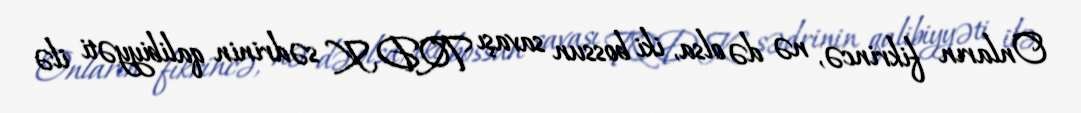
Onların fikrincə, nə də olsa, iki bossun savaşı TQDK sədrinin qalibiyyəti ilə